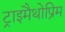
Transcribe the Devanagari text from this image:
ट्राइमैथोप्रिम